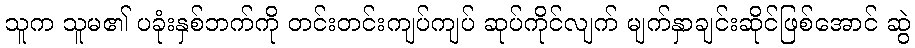
သူက သူမ၏ ပခုံးနှစ်ဘက်ကို တင်းတင်းကျပ်ကျပ် ဆုပ်ကိုင်လျက် မျက်နှာချင်းဆိုင်ဖြစ်အောင် ဆွဲ